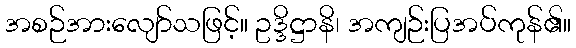
အစဉ်အားလျော်သဖြင့်။ ဥဒ္ဒိဋ္ဌာနိ၊ အကျဉ်းပြအပ်ကုန်၏။